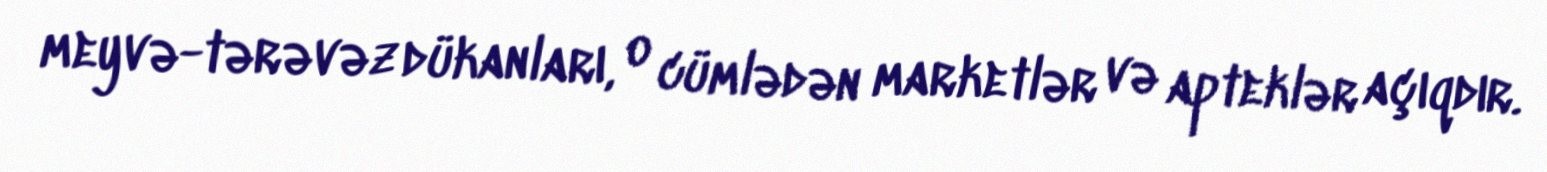
meyvə-tərəvəz dükanları, o cümlədən marketlər və apteklər açıqdır.